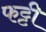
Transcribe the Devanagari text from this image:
फट्टी